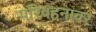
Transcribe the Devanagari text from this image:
परिवहनावर